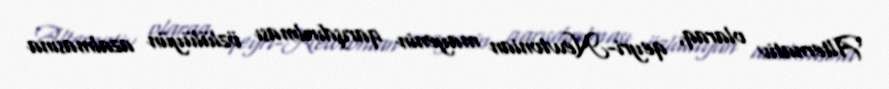
Alternativ olaraq, qeyri-Newtonian mayenin qarışdırılması özlülüyün azalmasına